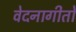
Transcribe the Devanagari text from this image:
वेदनागीतों